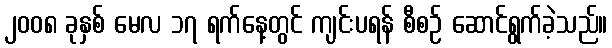
၂၀၀၈ ခုနှစ် မေလ ၁၇ ရက်နေ့တွင် ကျင်းပရန် စီစဉ် ဆောင်ရွက်ခဲ့သည်။